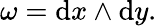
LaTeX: \omega=\mathrm{d}x\wedge\mathrm{d}y.